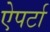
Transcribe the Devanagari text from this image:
ऐपर्टा